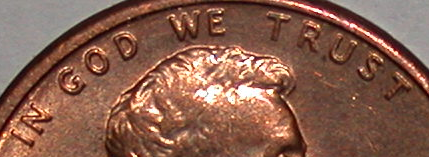
IN GOD WE TRUST